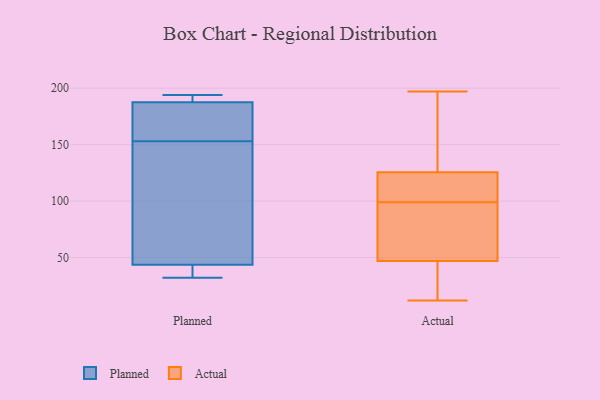
{"axis": {"x": "Inventory Turnover", "y": "Value"}, "legend": ["Actual", "Planned"], "data": [{"x": "", "y": 32, "type": "Planned"}, {"x": "", "y": 179, "type": "Planned"}, {"x": "", "y": 41, "type": "Planned"}, {"x": "", "y": 193, "type": "Planned"}, {"x": "", "y": 180, "type": "Planned"}, {"x": "", "y": 194, "type": "Planned"}, {"x": "", "y": 141, "type": "Planned"}, {"x": "", "y": 190, "type": "Planned"}, {"x": "", "y": 35, "type": "Planned"}, {"x": "", "y": 153, "type": "Planned"}, {"x": "", "y": 51, "type": "Planned"}, {"x": "", "y": 122, "type": "Actual"}, {"x": "", "y": 49, "type": "Actual"}, {"x": "", "y": 25, "type": "Actual"}, {"x": "", "y": 109, "type": "Actual"}, {"x": "", "y": 115, "type": "Actual"}, {"x": "", "y": 195, "type": "Actual"}, {"x": "", "y": 159, "type": "Actual"}, {"x": "", "y": 123, "type": "Actual"}, {"x": "", "y": 60, "type": "Actual"}, {"x": "", "y": 43, "type": "Actual"}, {"x": "", "y": 96, "type": "Actual"}, {"x": "", "y": 79, "type": "Actual"}, {"x": "", "y": 102, "type": "Actual"}, {"x": "", "y": 197, "type": "Actual"}, {"x": "", "y": 62, "type": "Actual"}, {"x": "", "y": 179, "type": "Actual"}, {"x": "", "y": 44, "type": "Actual"}, {"x": "", "y": 45, "type": "Actual"}, {"x": "", "y": 128, "type": "Actual"}, {"x": "", "y": 12, "type": "Actual"}]}